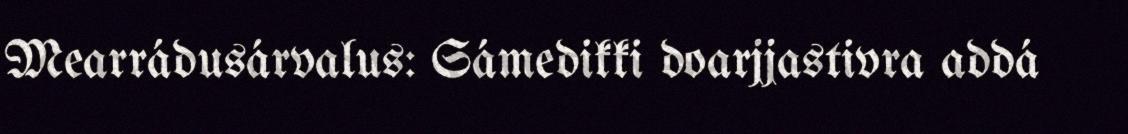
Mearrádusárvalus: Sámedikki doarjjastivra addá